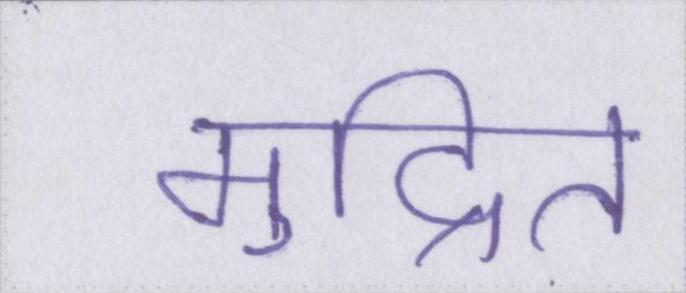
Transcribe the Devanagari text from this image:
मुद्रित